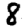
Digit: 8